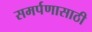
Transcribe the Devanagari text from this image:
समर्पणासाठी